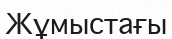
Жұмыстағы